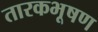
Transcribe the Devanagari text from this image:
तारकभूषण